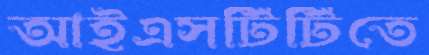
আইএসটিটিতে